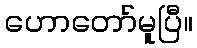
ဟောတော်မူပြီ။